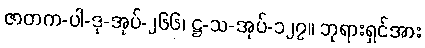
ဇာတက-ပါ-ဒု-အုပ်-၂၆၆၊ ဋ္ဌ-သ-အုပ်-၁၂၇။ ဘုရားရှင်အား